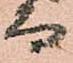
而